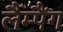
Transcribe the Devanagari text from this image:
लैम्पैंग